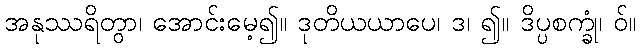
အနုဿရိတွာ၊ အောင်းမေ့၍။ ဒုတိယယာပေ၊ ဒ၊ ၍။ ဒိပ္ပစက္ခုံ၊ ဝ်။